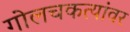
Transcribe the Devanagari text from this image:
गोलचकत्यांवर